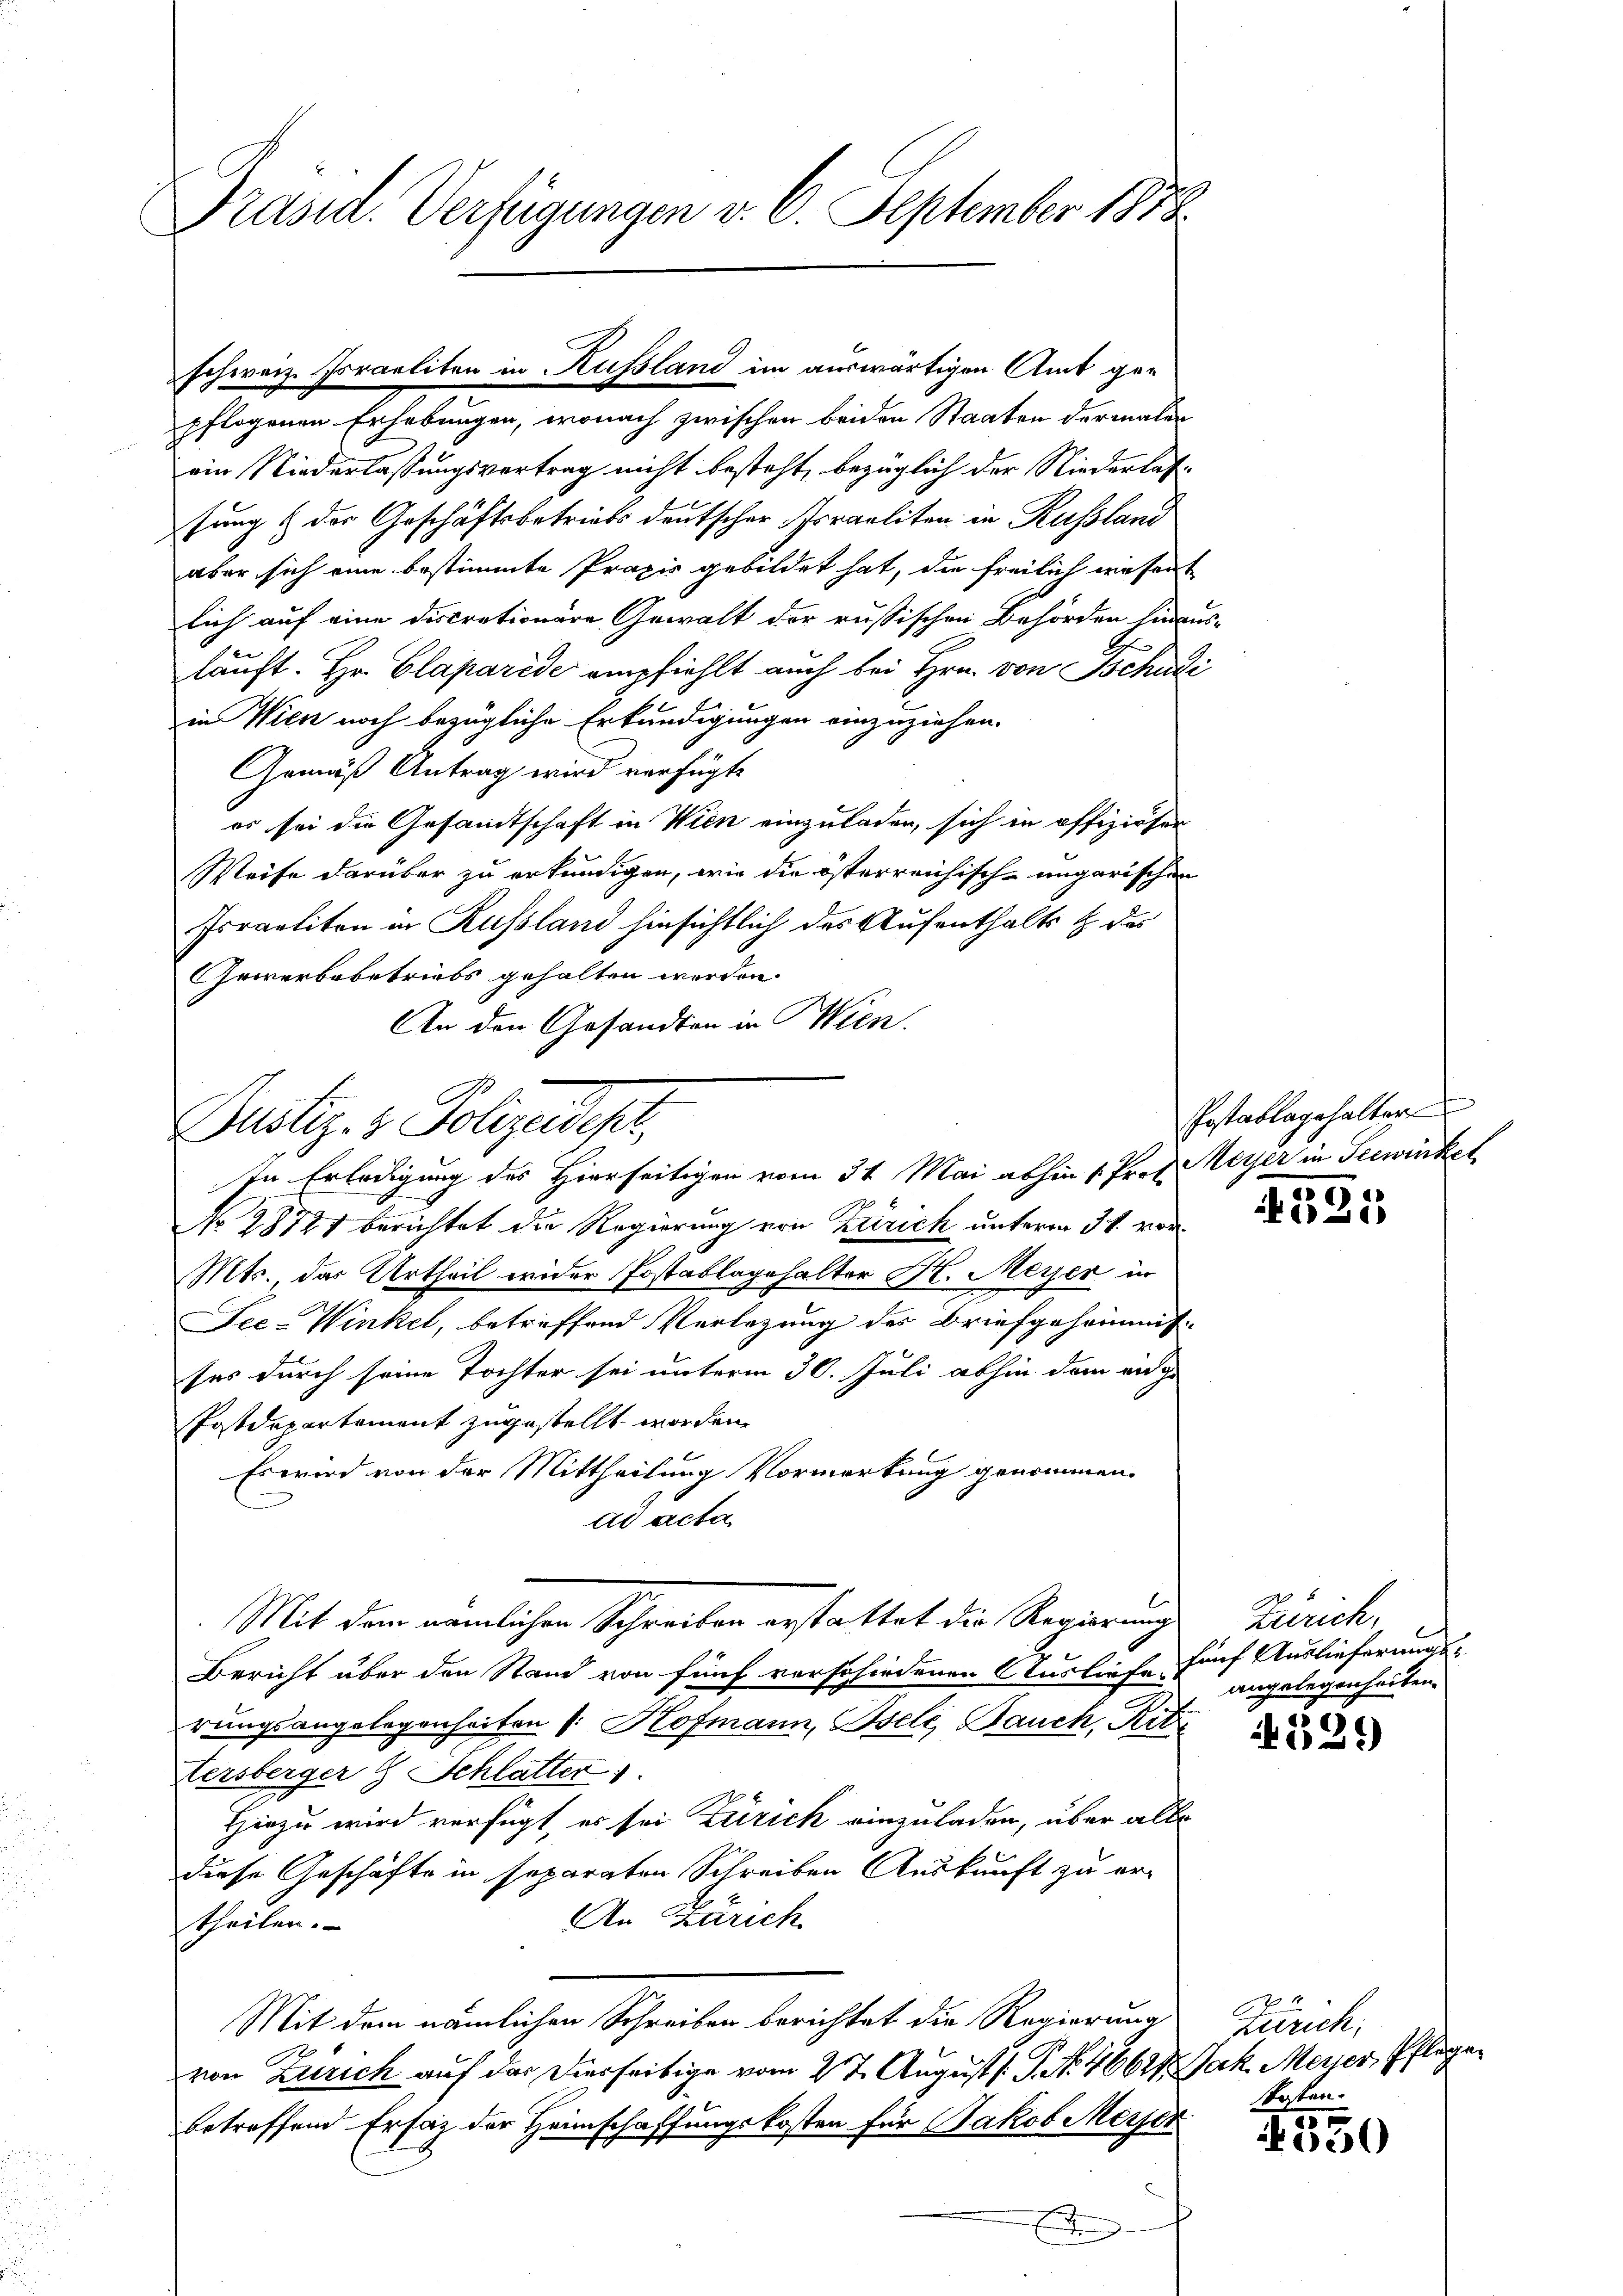
Präsid. Verfügungen v. 6. September 1873.

pflogenen Erhebungen, wonach zwischen beiden Staaten dermalen
d
ein Niederlassungsvertrag nicht besteht, bezüglich der Niederlastung & der Geschäftsbetriebs deutscher Israeliten in Russland
aber sich eine bestimmte Praxis gebildet hat, die freilich diesent
lich auf eine discrationäre Gewalt der russischen Behörden hinaus-
läuft. Hr. Claparide empfiehlt auch bei Hrn. von Tschudi
in Wien noch bezügliche Erkundigungen einzuziehen.
Gemäß Antrag wird verfügte
es sei die Gesandtschaft in Wien einzuladen, sich in offiziöser
Weise darüber zu erkundigen, wie die österreichisch-ungarischen
Israeliten in Russland hinsichtlich des Aufenthalts & des
Gewerbebetriebs gehalten werden.
An den Gesandten in Wien.

schweiz. Poraeliten in Russland im auswärtigen Amt ge-

Justiz- & Polizeidest,
In Erledigung des Hierseitigen vom 31. Mai abhin 1. Prof. Meyer in Seewinkel

No 28721 berichtet die Regierung von Zürich unterm 31. vor¬
Mts., das Urtheil wider Postablagehalter H. Meyer in
Dee-Winkel, betreffend Verlegung des Briefgeheimnis
ses durch seine Tochter sei unterm 30. Juli abhin dem einge
Postdepartement zugestellt worden.
Es wird von der Mittheilung Vormerkung genommen.
ad acta
Mit dem nämlichen Schreiben erstattet die Regierungs
Bericht über den Stand von fünf verschiedenen Ausliefe fünf Auslieferungs-
rungsangelegenheiten 1. Hofmann, Iseli, Bauch, Ritte
Tersberger & Schlatter 1
Hiezu wird verfügt, es sei Zürich einzuladen, über alle
diese Geschäfte in separaten Schreiben Auskunft zu er¬
An Zürich.
theilen.
Mit dem nämlichen Schreiben berichtet die Regierung
von Zürich auf der Dierseitige vom 27. Augusts P. No. 46628. Jak. Messer, Pflegen
betreffend Ersatz der Heimschaffungskosten für Jakob Meyer
e

Postablagehalter
9

AAL)

Zürich.
angelegenheiten.

.
25)

Zürich,

.
)